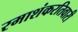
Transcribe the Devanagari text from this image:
रमाशंकरतिवारी